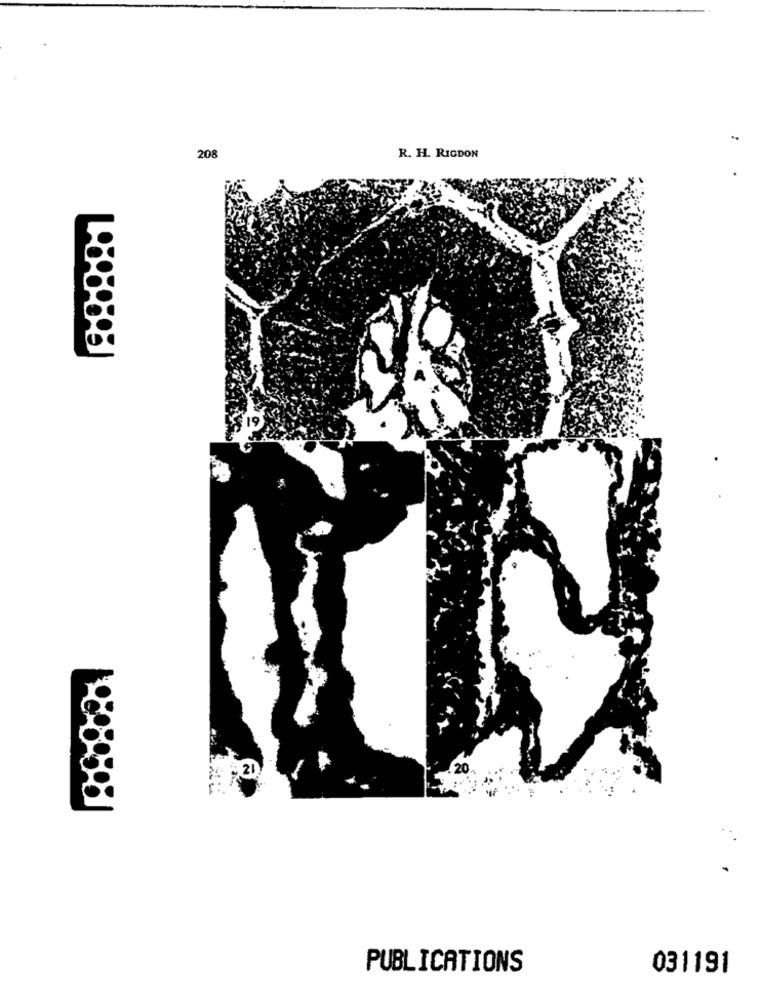
208
R. H. RIGDON
PUBLICATIONS
031191